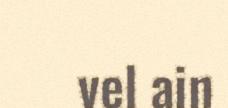
vel ain